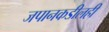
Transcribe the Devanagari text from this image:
जपानकडीलही